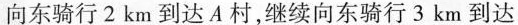
向东骑行2km到达A村，继续向东骑行3km到达